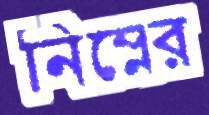
নিম্নের